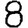
Digit: 8